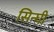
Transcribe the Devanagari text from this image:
सिन्घी